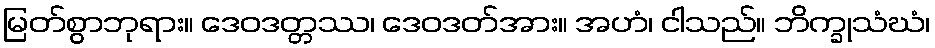
မြတ်စွာဘုရား။ ဒေဝဒတ္တဿ၊ ဒေဝဒတ်အား။ အဟံ၊ ငါသည်။ ဘိက္ခုသံဃံ၊